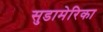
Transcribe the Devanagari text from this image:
सुडामेरिका